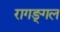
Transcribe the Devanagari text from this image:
रागङ्गल